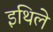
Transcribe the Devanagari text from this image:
इथिले